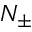
N _ { \pm }